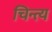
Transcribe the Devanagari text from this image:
चिन्त्य